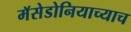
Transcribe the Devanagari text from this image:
मॅसेडोनियाच्याच